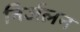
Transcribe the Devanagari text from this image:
निर्जलन